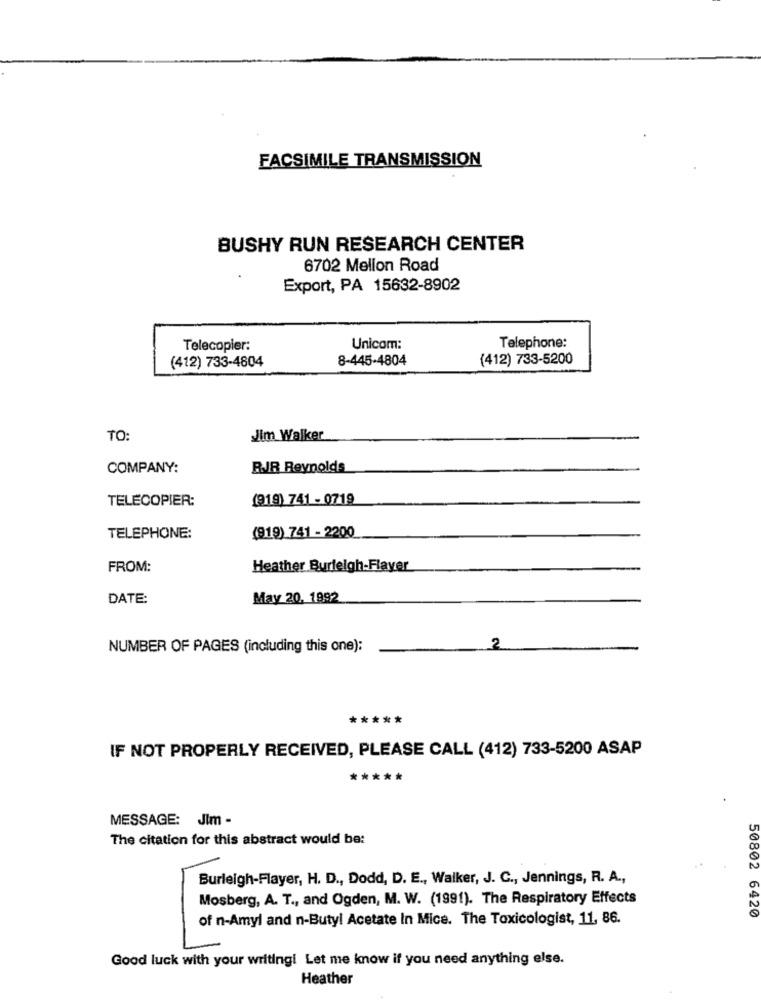
FACSIMILE TRANSMISSION
BUSHY RUN RESEARCH CENTER
6702 Mellon Road
Export, PA 15632-8902
Telecopier:
Unicom:
Telephone:
8-445-4804
(412) 733-5200
(412) 733-4804
TO
Jim Walker
COMPANY:
RJJR Reynolds
(919) 741 - 0719
TELECOPIER:
TELEPHONE:
(919) 741 - 2200
FROM:
Heather Burleigh-Flayer
DATE:
May 20, 1992
NUMBER OF PAGES (including this one):
2
*****
IF NOT PROPERLY RECEIVED, PLEASE CALL (412) 733-5200 ASAP
*****
MESSAGE: JIm -
The citation for this abstract would be:
Burleigh-Flayer, H. D ., Dodd, D. E ., Walker, J. C ., Jennings, R. A .,
Mosberg, A. T ., and Ogden, M. W. (1991). The Respiratory Effects
50802 6420
of n-Amyl and n-Butyl Acetate In Mice. The Toxicologist, 11, 86.
Good luck with your writingi Let me know if you need anything else.
Heather